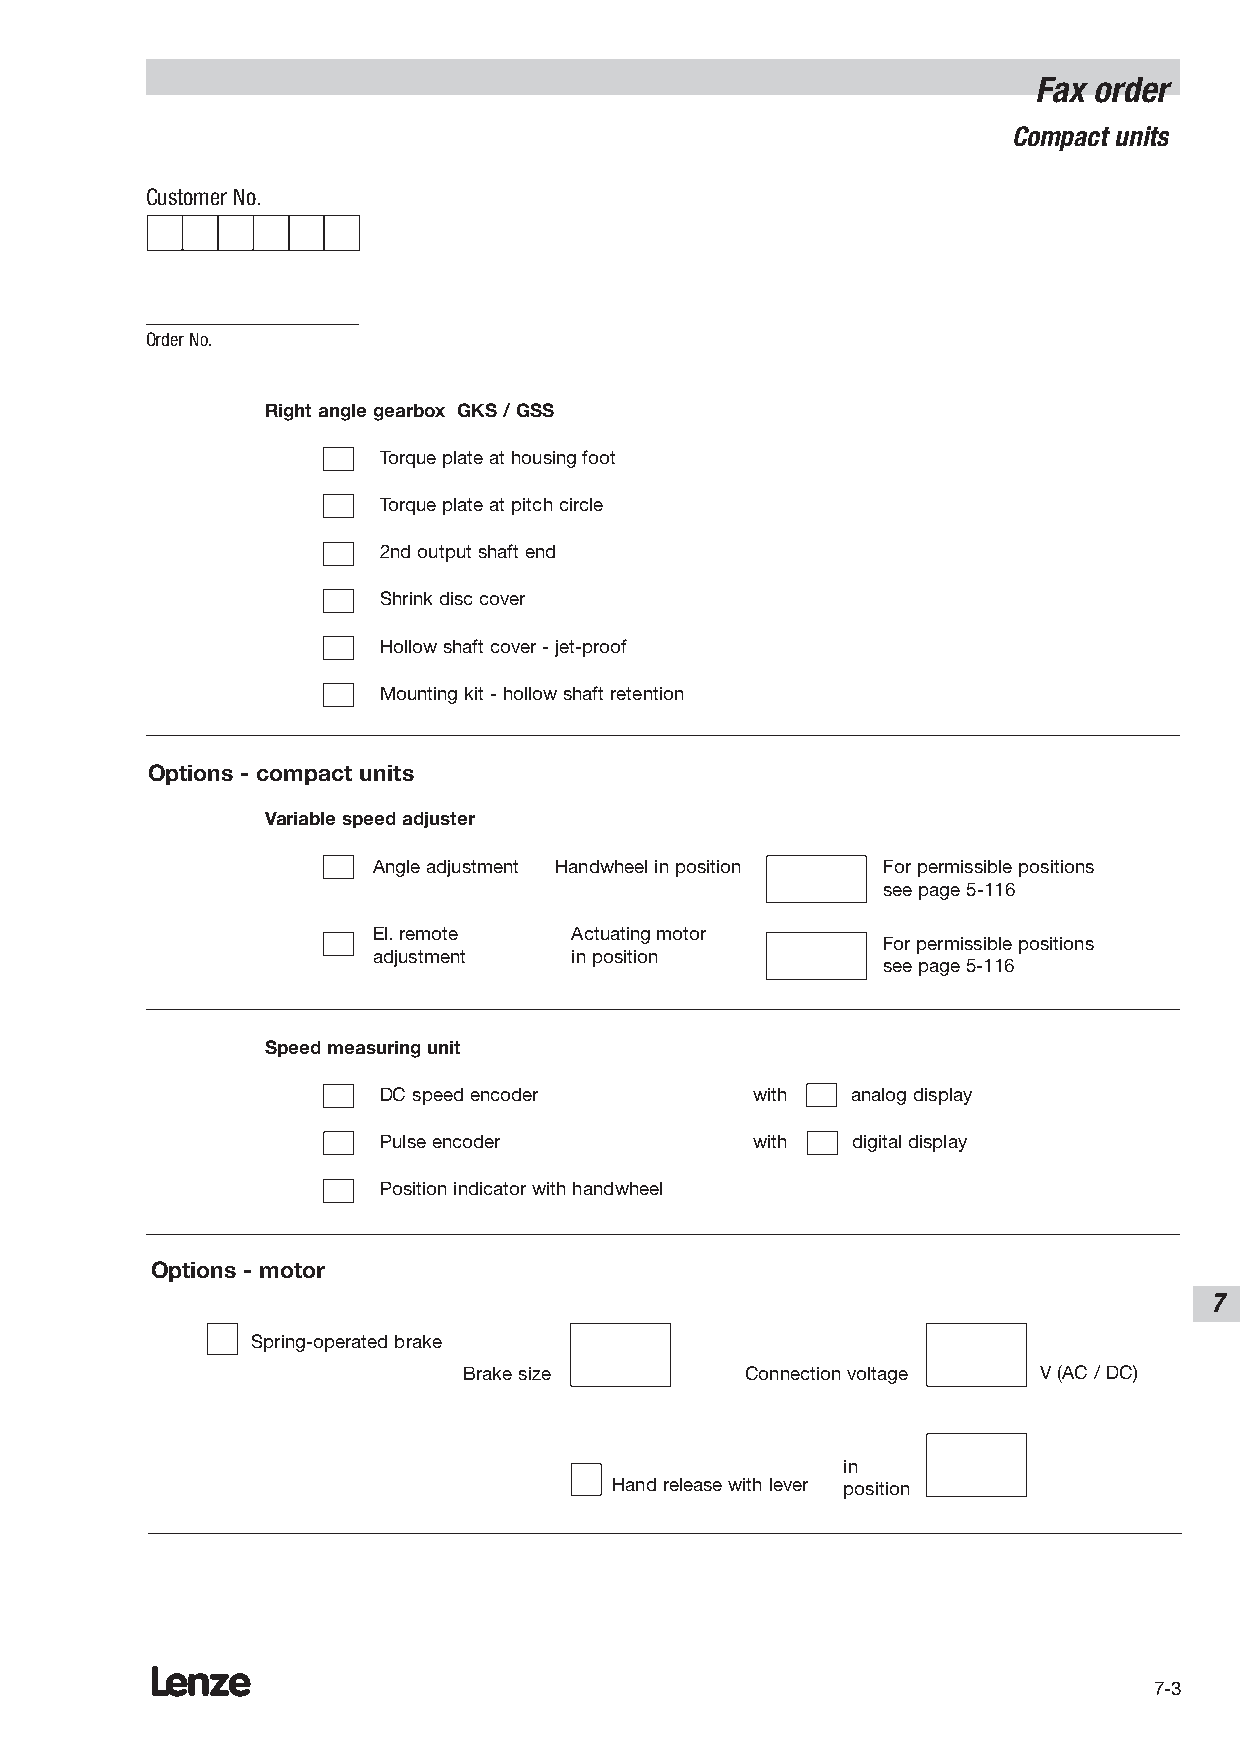
Fax order
 Compact units
 Customer No.
 Order No.
 Right angle gearbox GKS / GSS
 Torque plate at housing foot
 Torque plate at pitch circle
 2nd output shaft end
 Shrink disc cover
 Hollow shaft cover - jet-proof
 Mounting kit - hollow shaft retention
 Options - compact units
 Variable speed adjuster
 Angle adjustment Handwheel in position For permissible positions
 see page 5-116
 El. remote   Actuating motor
 For permissible positions
 adjustment   in position
 see page 5-116
 Speed measuring unit
 DC speed encoder         with  analog display
 Pulse encoder            with  digital display
 Position indicator with handwheel
 Options - motor
 7
 Spring-operated brake
 Brake size        Connection voltage  V (AC / DC)
 in
 Hand release with lever position
 Lenze
 7-3